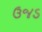
ઉજડ